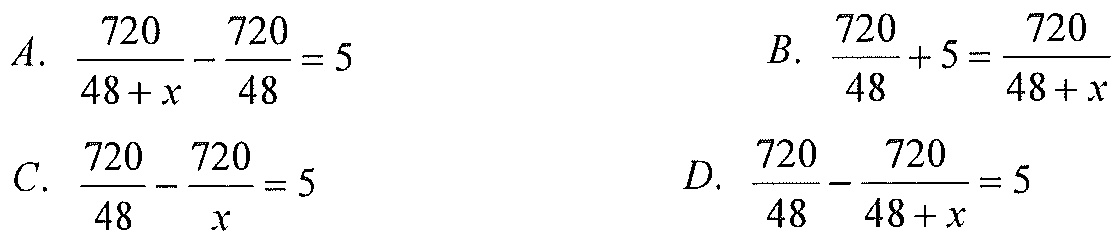
A. \(\dfrac{720}{48 + x}-\dfrac{720}{48}=5\)
B. \(\dfrac{720}{48}+5=\dfrac{720}{48 + x}\)
C. \(\dfrac{720}{48}-\dfrac{720}{x}=5\)
D. \(\dfrac{720}{48}-\dfrac{720}{48 + x}=5\)